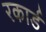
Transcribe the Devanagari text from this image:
रकार्ड